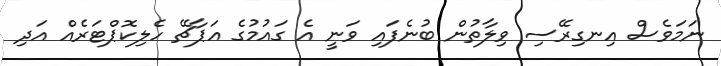
ނަމަވެސް އިނގިރޭސި ވިލާތުން ބުނެފައި ވަނީ އެ ގައުމުގެ އަޕާޗޭ ހެލިކޮޕްޓަރެއް އަދި